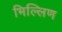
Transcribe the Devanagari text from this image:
भिल्लिण